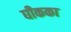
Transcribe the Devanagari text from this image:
घीकका